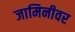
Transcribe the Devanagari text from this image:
जामिनीवर